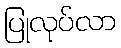
ပြုလုပ်လာ